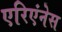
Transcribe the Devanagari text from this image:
एरिएंनेस